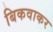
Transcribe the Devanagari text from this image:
बिकवाकर